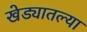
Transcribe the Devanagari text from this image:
खेड्यातल्या